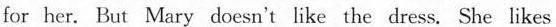
for her. But Mary doesn't like the dress. She likes